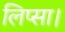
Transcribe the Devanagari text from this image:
लिप्सा।